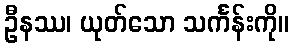
ဦနဿ၊ ယုတ်သော သင်္ကန်းကို။